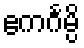
ဧကင်္ဂမ္ပိ